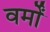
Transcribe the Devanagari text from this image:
वर्मों